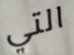
التي